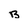
Character: B